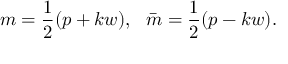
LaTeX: m = \frac { 1 } { 2 } ( p + k w ) , ~ ~ \bar { m } = \frac { 1 } { 2 } ( p - k w ) .